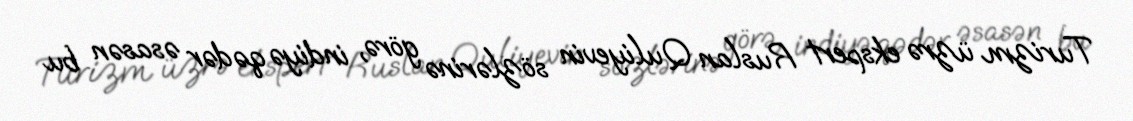
Turizm üzrə ekspert Ruslan Quliyevin sözlərinə görə, indiyə qədər əsasən bu